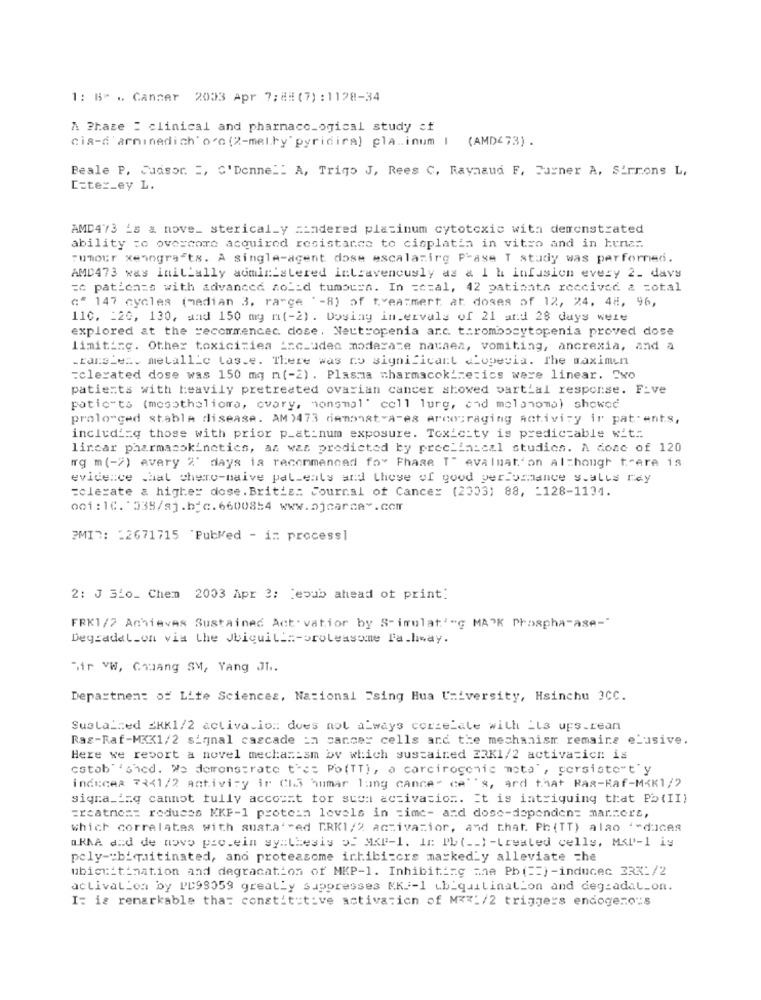
1: B. .. Canner 2003 Apr 7; ## (7) : 1128-34
A Phase : clinical and pharmacoLogical study cf
cia-d'arninedich o'n (2-metry pyridira) plainum 1 (AMD273) .
Peale P. Cadsor. :, C'Dennel: A, Trigo J, Rees C, Raynaud F, Turner A, Sirrons L,
[=ter_ey L.
AMD473 is & nove_ sterical_y mindered platinum cytotoxic with demonstrated
ability to overcome acquired resistance to cisplatin in vitro and in hunat.
Tumour xenografts. A single-agent dose escalazirg Prase T study was performed.
AMD473 was initially administered intravenously as a 1 h infusion every 2_ days
=0 patients with advanced solid tumourn. In =c=al, 42 pationta received & =otal
c" 147 cycles (median 3, range '-8) of treatment at doses of 12, 24, 48, 96,
110, 120, 130, and 150 mg n(-2) . Dosing intervals of 21 and 28 days were
explored at the recommencec. dose, Neutropenia arc thrombocytopenia proved dose
limiting. Other toxicities includen moderate nathea, vomiting, ancrexia, and a
trans_et. metallic tas.e. There was no significant <Lopevia. The maximun
:clerated dose was 150 mg n(-2) . Plasma pharmacokinetics were linear. Exo
patients with heavily pretreated ovarian cancer showed partial response. F_ve
patio-to (mesothelioma, ovary, bonsmal cell lung, and melanoma) showed
prolonged stable disease. AM )473 demonat-A-es Arcosraging Activity ir patents,
includi=q those with prior p_at_num exposure. Toxicity is predictable wit:
lincar pharmacokinetics, as was predicted by preclinical studies. A dose of 120
Ig m(->) every 2' days is recommended for Fhase T" evalnat'on although trare is
evidence that chero-naive pal_eats and those of good performance s.alts rey
=clerate a higher dose. Britis: Journal of Cancer (2003) 88, - 128-1131.
001:10.'538/sj.bfc.6600854 www.ojcarcav.com
PMID: : 2671715 'PubMed - in processl
2: J 320_ Chem 2003 Apr 3: [epub ahead of print!
FRK1/2 Achieves Sustained Act. vatior by S-imulat'"g MA"K Phospha-ase-"
Degradel_on via the Jbiquili :- oroleasome T'a.heay.
Mir VW, Chuang SM, Yang JI ..
Department of Life Sciences, National Tsing Hua University, Hsinchu 3CC.
Sustained ERK1/2 activa.ion: does not always correlate with _Ls ups.rean
Rag-Raf-MKX1/2 signal cascade in cancer cells and the mechanism remains elusive.
Here we report a novel mechanism by which sustained 23K1/2 activation is
cstab' 'shed. We demonstrate t'es Po(TT), a carcirogenic meta", persiste"t'y
induces 7 << 1/2 activity ir CL3 Sumar lung cancer ce''s, and that Ras-Raf-M<K1/2
signa_izq cannot fully account tor sten activation. It is intriguing that Pb(II)
=reatno :: reduces KKF-1 protein levels in =imc- and dose-dependen= mar .= ert,
which correlates with austa' "ed KRK1/2 activazior, and that. Ph (TT) alao '-dICAR
a.RNA and de novo pre.ein yy :: Lesis of MXF-1. In Pb( __ ) -treated celly, MAP-1 iy
poly -: biquitinated, and proteasome inhibitors markedLy alleviate che
ubictitination and degracation of MKP-1. Inhibiting ane Ph( == ) -induced 233:/2
activalion by PD98059 greally suppresses MKi-1 Lb_quilination and degradal_on.
I: is remarkable that constitutive activation of MIX:/2 triggers endogenous